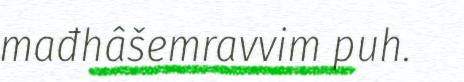
mađhâšemravvim puh.